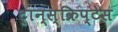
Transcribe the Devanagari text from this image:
ट्रान्स्क्रिप्टेस